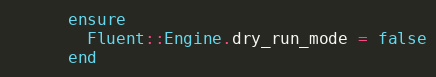
Language: Ruby
      ensure
        Fluent::Engine.dry_run_mode = false
      end